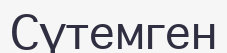
Сүтемген